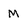
Character: M